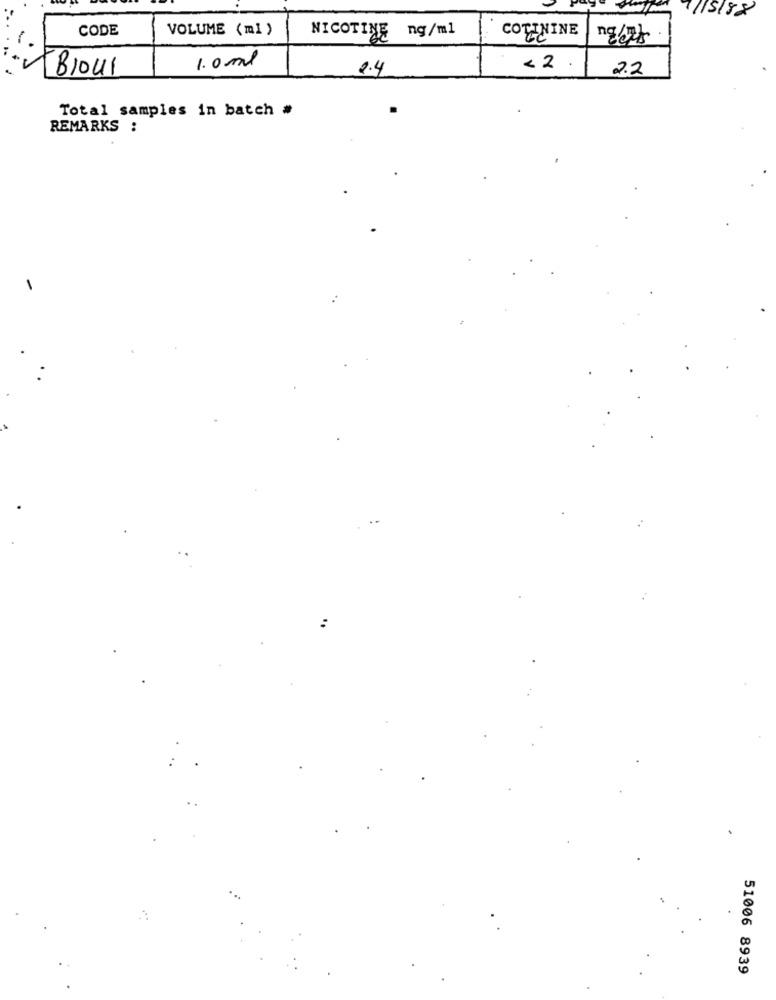
7/15/88
CODE
VOLUME (ml )
NICOTINE ng/ml
COTININE
1.0 ml
BIoul
2.4
< 2
2.2
Total samples in batch #
REMARKS :
51006 8939